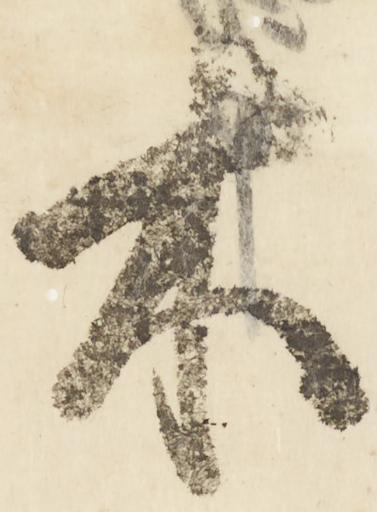
木